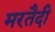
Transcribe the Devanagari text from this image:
मरतैदी